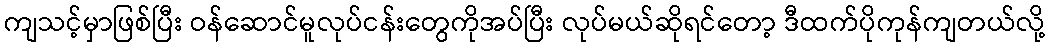
ကျသင့်မှာဖြစ်ပြီး ဝန်ဆောင်မူလုပ်ငန်းတွေကိုအပ်ပြီး လုပ်မယ်ဆိုရင်တော့ ဒီထက်ပိုကုန်ကျတယ်လို့